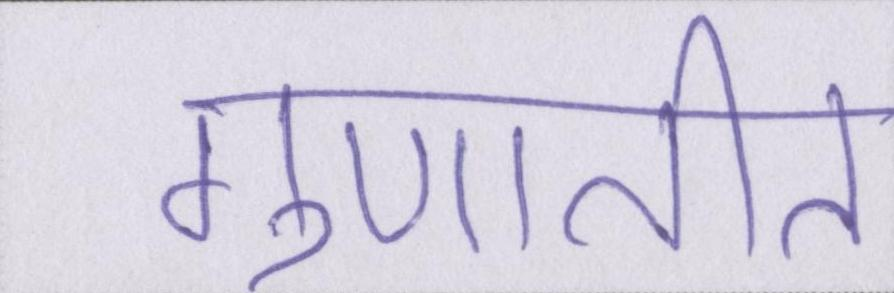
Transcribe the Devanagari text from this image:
गुणातीत